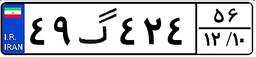
۹۸گ۶۶۲۱۹